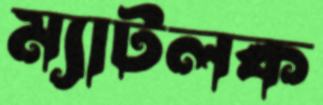
ম্যাটলক